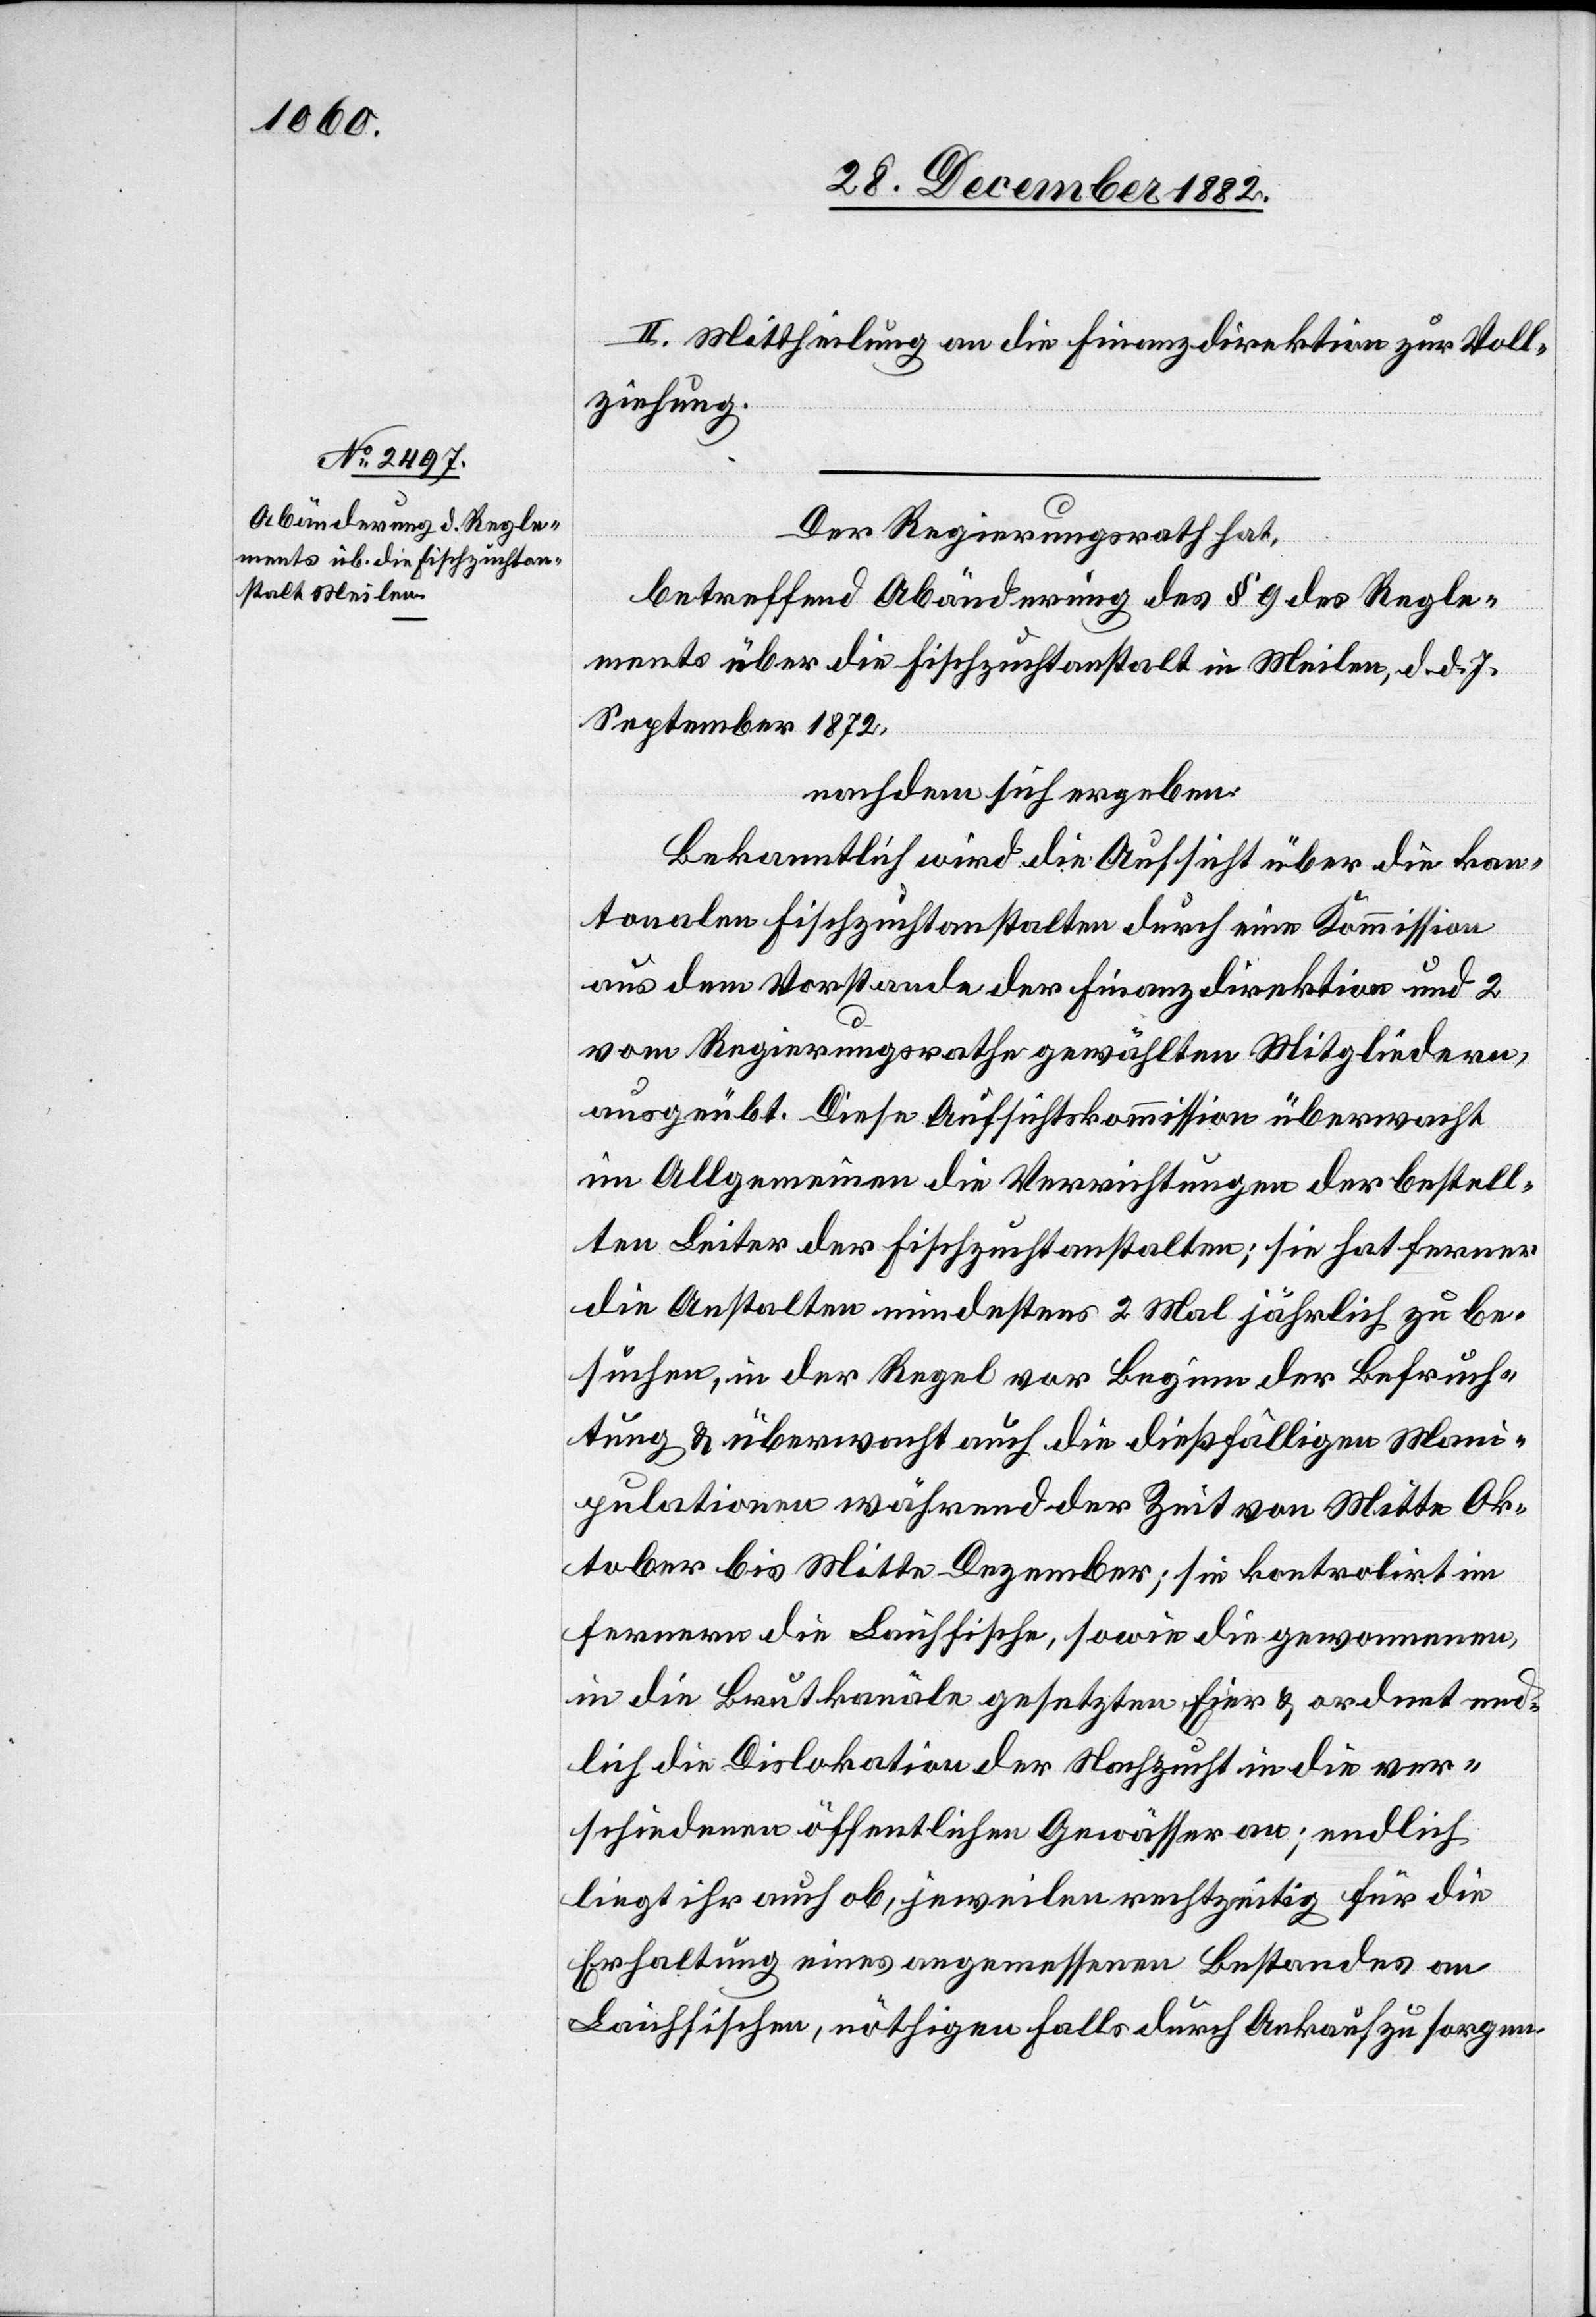
II. Mittheilung an die Finanzdirektion zur Voll¬
ziehung.
Der Regierungsrath hat,
betreffend Abänderung des § 9 des Regle¬
ments über die Fischzuchtanstalt in Meilen, d. d. 7.
September 1872,
nachdem sich ergeben:
Bekanntlich wird die Aufsicht über die kan¬
tonalen Fischzuchtanstalten durch eine Kommission
aus dem Vorstande der Finanzdirektion und 2
vom Regierungsrathe gewählten Mitgliedern,
ausgeübt. Diese Aufsichtskommission überwacht
im Allgemeinen die Verrichtungen der bestell¬
ten Leiter der Fischzuchtanstalten; sie hat ferner
die Anstalten mindestens 2 Mal jährlich zu be¬
suchen, in der Regel vor Beginn der Befruch¬
tung & überwacht auch die dießfälligen Mani¬
pulationen während der Zeit von Mitte Ok¬
tober bis Mitte Dezember; sie kontrollirt im
Fernern die Laichfische, sowie die gewonnenen,
in die Brutkanäle gesetzten Eier & ordnet end¬
lich die Dislokation der Nachzucht in die ver¬
schiedenen öffentlichen Gewässer an; endlich
liegt ihr auch ob, jeweilen rechtzeitig für die
Erhaltung eines angemessenen Bestandes an
Laichfischen, nöthigenfalls durch Ankauf zu sorgen.